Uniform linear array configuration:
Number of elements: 8
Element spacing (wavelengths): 0.25
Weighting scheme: exponential
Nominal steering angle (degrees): -60
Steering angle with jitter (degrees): -58.127
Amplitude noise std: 0.05
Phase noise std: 0.05

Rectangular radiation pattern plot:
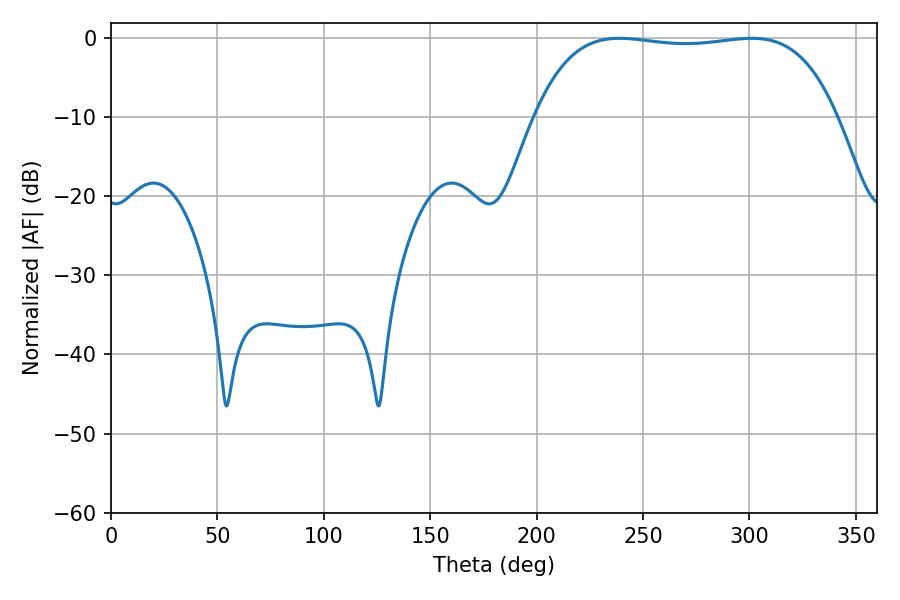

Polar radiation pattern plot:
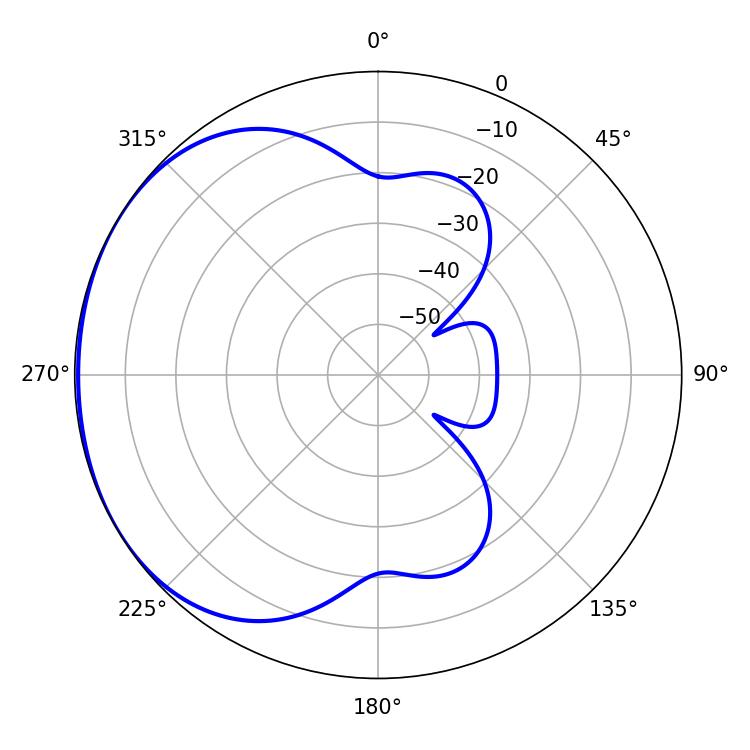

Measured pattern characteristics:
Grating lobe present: FALSE
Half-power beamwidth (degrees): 112.68
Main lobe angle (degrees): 238.86